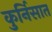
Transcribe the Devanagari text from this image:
कुर्निसात